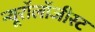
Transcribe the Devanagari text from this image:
न्यूरॉलॉजीस्ट